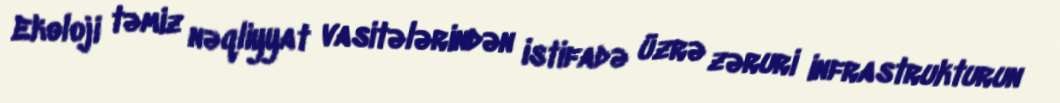
Ekoloji təmiz nəqliyyat vasitələrindən istifadə üzrə zəruri infrastrukturun